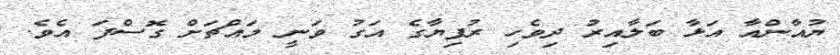
ޔުއާންއާ އަޅާ ބަލާއިރު ދިވެހި ރުފިޔާގެ އަގު ވަނީ މައްޗަށް ގޮސްފަ އެވެ.